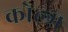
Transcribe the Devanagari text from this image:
कोल्म